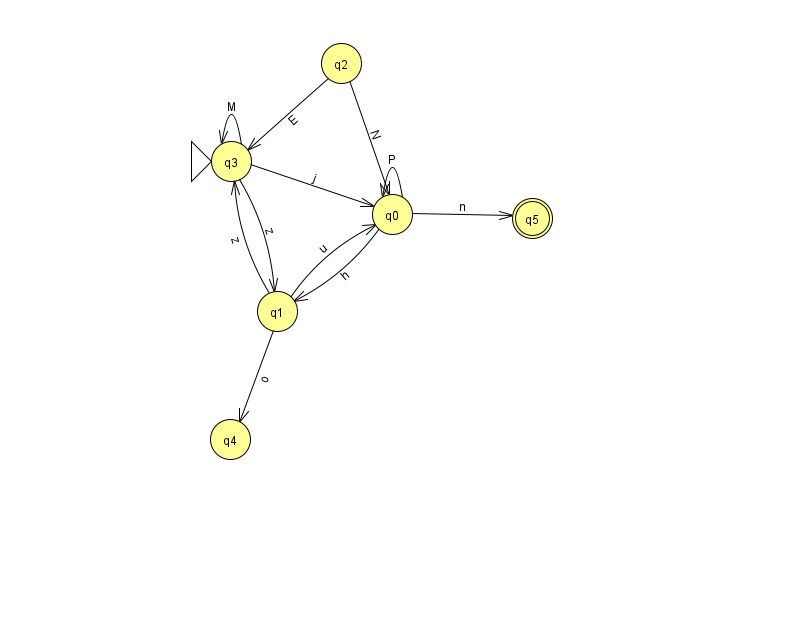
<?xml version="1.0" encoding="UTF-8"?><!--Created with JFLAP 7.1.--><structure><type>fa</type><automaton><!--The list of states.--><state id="0" name="q0"><x>392.0</x><y>201.0</y></state><state id="1" name="q1"><x>277.0</x><y>298.0</y></state><state id="2" name="q2"><x>341.0</x><y>50.0</y></state><state id="3" name="q3"><x>231.0</x><y>148.0</y><initial/></state><state id="4" name="q4"><x>230.0</x><y>426.0</y></state><state id="5" name="q5"><x>532.0</x><y>205.0</y><final/></state><!--The list of transitions.--><transition><from>0</from><to>0</to><read>P</read></transition><transition><from>1</from><to>0</to><read>u</read></transition><transition><from>3</from><to>0</to><read>j</read></transition><transition><from>0</from><to>5</to><read>n</read></transition><transition><from>1</from><to>3</to><read>z</read></transition><transition><from>3</from><to>1</to><read>z</read></transition><transition><from>0</from><to>1</to><read>h</read></transition><transition><from>2</from><to>3</to><read>E</read></transition><transition><from>3</from><to>3</to><read>M</read></transition><transition><from>1</from><to>4</to><read>o</read></transition><transition><from>2</from><to>0</to><read>N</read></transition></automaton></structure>